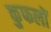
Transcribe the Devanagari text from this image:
कुफलों